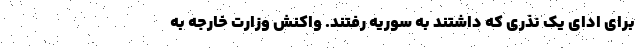
برای ادای یک نذری که داشتند به سوریه رفتند. واکنش وزارت خارجه به